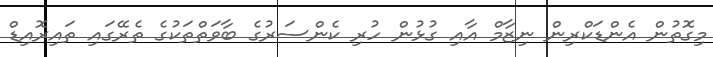
މިގޮތުން އެންޑަކްރިން ނިޒާމް އާއި ގުޅުން ހުރި ކެންސަރުގެ ބާވަތްތަކުގެ ތެރޭގައި ތައިރޮއިޑް